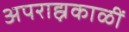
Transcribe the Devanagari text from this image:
अपराह्नकाळीं